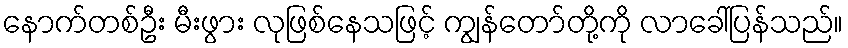
နောက်တစ်ဦး မီးဖွား လုဖြစ်နေသဖြင့် ကျွန်တော်တို့ကို လာခေါ်ပြန်သည်။